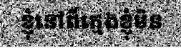
ខ្ញុំនៅពីក្មេងខ្ញុំមិន